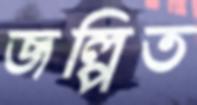
জল্পিত